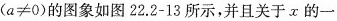
$$(a≠0)$$的图象如图22.2-13所示，并且关于x的一